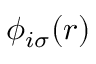
\phi _ { i \sigma } ( \boldsymbol { r } )